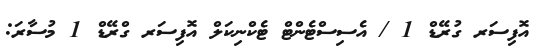
އޮފިސަރ ގުރޭޑް 1 / އެސިސްޓެންޓް ޓެކްނިކަލް އޮފިސަރ ގްރޭޑް 1 މުސާރަ: